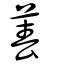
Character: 萶